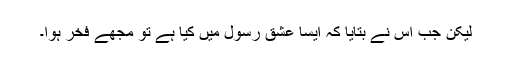
لیکن جب اس نے بتایا کہ ایسا عشقِ رسول میں کیا ہے تو مجھے فخر ہوا۔